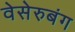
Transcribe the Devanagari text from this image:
वेसेरुबंग